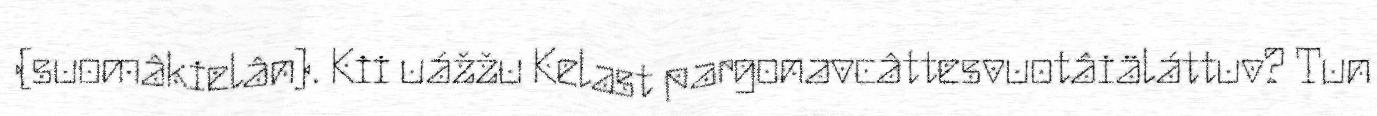
(suomâkielân). Kii uážžu Kelast pargonavcâttesvuotâiäláttuv? Tun